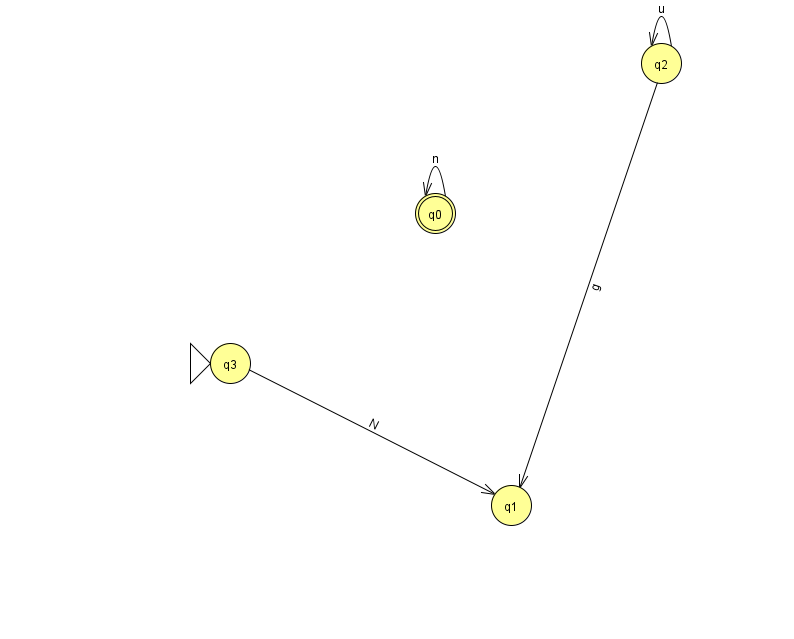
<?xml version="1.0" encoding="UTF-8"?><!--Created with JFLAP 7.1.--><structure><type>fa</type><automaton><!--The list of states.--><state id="0" name="q0"><x>435.0</x><y>200.0</y><final/></state><state id="1" name="q1"><x>511.0</x><y>492.0</y></state><state id="2" name="q2"><x>661.0</x><y>50.0</y></state><state id="3" name="q3"><x>230.0</x><y>350.0</y><initial/></state><!--The list of transitions.--><transition><from>2</from><to>1</to><read>g</read></transition><transition><from>2</from><to>2</to><read>u</read></transition><transition><from>3</from><to>1</to><read>N</read></transition><transition><from>0</from><to>0</to><read>n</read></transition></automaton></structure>